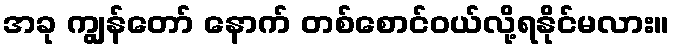
အခု ကျွန်တော် နောက် တစ်စောင်ဝယ်လို့ရနိုင်မလား။